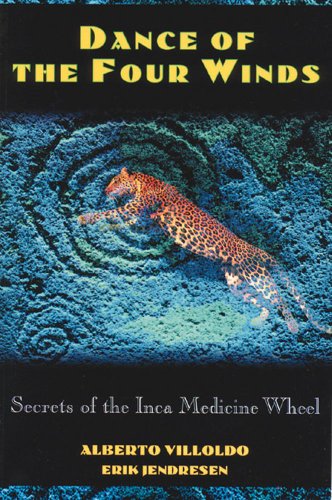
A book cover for Dance of the Four Winds: Secrets of the Inca Medicine Wheel; Alberto Villoldo; Religion & Spirituality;